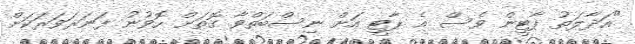
"އަދާލަތު ޕާޓީން ވެސް އެ ޕާޓީ އަށް ނިސްބަތްވާ ގޮތަށް ހޮވުނު ފަނަރަވަރަކަށް